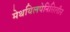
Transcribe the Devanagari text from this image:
मेथयिलपेनिसिलीन